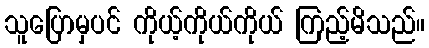
သူပြောမှပင် ကိုယ့်ကိုယ်ကိုယ် ကြည့်မိသည်။